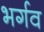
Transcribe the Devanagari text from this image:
भर्गव